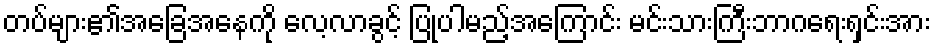
တပ်များ၏အခြေအနေကို လေ့လာခွင့် ပြုပါမည့်အကြောင်း မင်းသားကြီးဘာဂရေးရှင်းအား